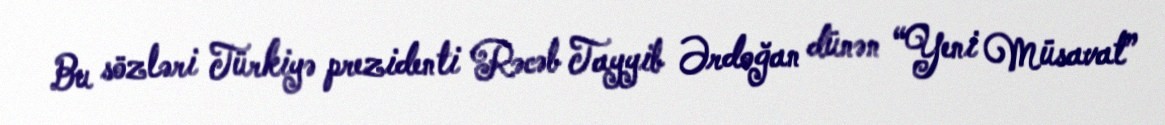
Bu sözləri Türkiyə prezidenti Rəcəb Tayyib Ərdoğan dünən “Yeni Müsavat”